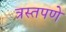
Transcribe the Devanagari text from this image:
त्रस्तपणे